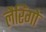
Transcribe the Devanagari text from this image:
लैरिंगो